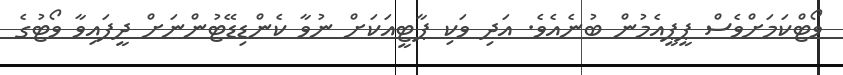
ވޯޓްކަމަށްވެސް ޕީޕީއެމުން ބުނެއެވެ. އަދި ވަކި ޕާޓީއަކަށް ނުވާ ކެންޑިޑޭޓުންނަށް ދީފައިވާ ވޯޓުގެ